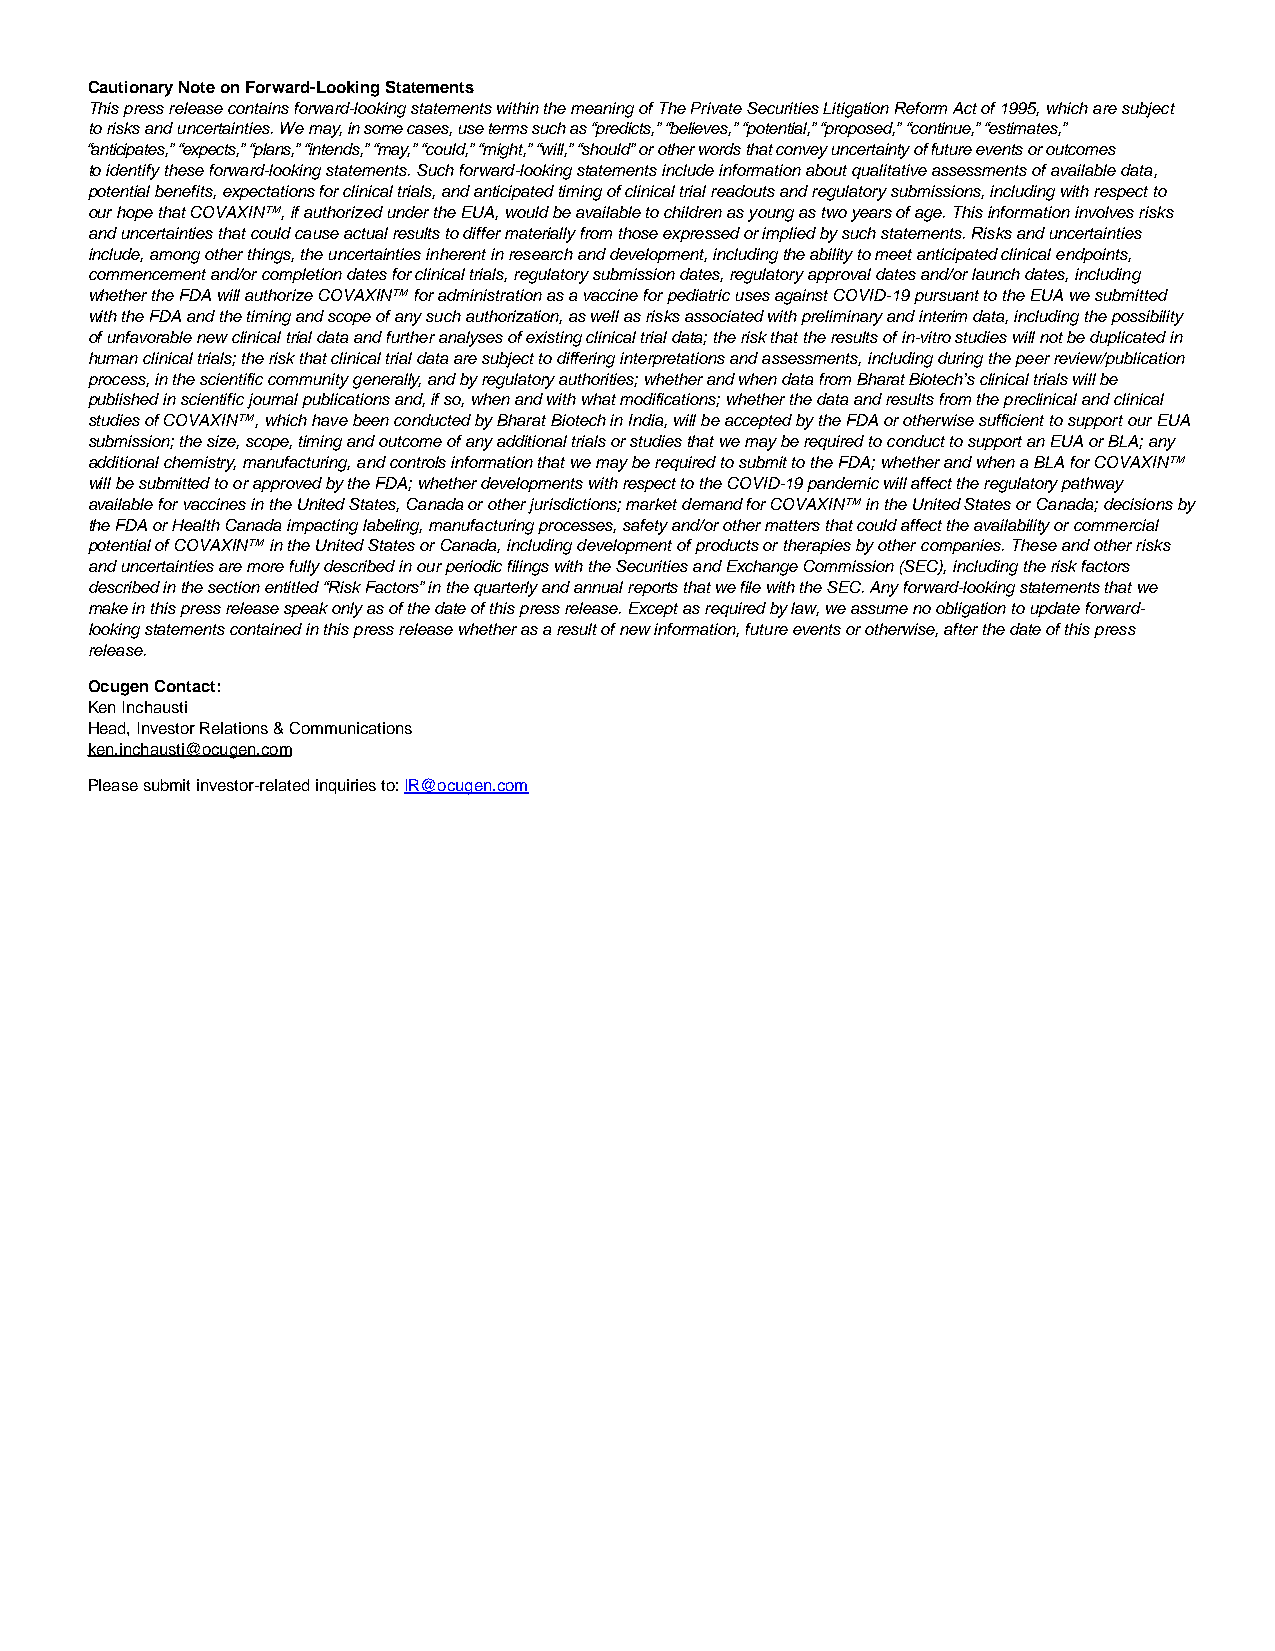
Cautionary Note on Forward-Looking Statements
 This press release contains forward-looking statements within the meaning of The Private Securities Litigation Reform Act of 1995, which are subject
 to risks and uncertainties. We may, in some cases, use terms such as “predicts,” “believes,” “potential,” “proposed,” “continue,” “estimates,”
 “anticipates,” “expects,” “plans,” “intends,” “may,” “could,” “might,” “will,” “should” or other words that convey uncertainty of future events or outcomes
 to identify these forward-looking statements. Such forward-looking statements include information about qualitative assessments of available data,
 potential benefits, expectations for clinical trials, and anticipated timing of clinical trial readouts and regulatory submissions, including with respect to
 our hope that COVAXIN™, if authorized under the EUA, would be available to children as young as two years of age. This information involves risks
 and uncertainties that could cause actual results to differ materially from those expressed or implied by such statements. Risks and uncertainties
 include, among other things, the uncertainties inherent in research and development, including the ability to meet anticipated clinical endpoints,
 commencement and/or completion dates for clinical trials, regulatory submission dates, regulatory approval dates and/or launch dates, including
 whether the FDA will authorize COVAXIN™ for administration as a vaccine for pediatric uses against COVID-19 pursuant to the EUA we submitted
 with the FDA and the timing and scope of any such authorization, as well as risks associated with preliminary and interim data, including the possibility
 of unfavorable new clinical trial data and further analyses of existing clinical trial data; the risk that the results of in-vitro studies will not be duplicated in
 human clinical trials; the risk that clinical trial data are subject to differing interpretations and assessments, including during the peer review/publication
 process, in the scientific community generally, and by regulatory authorities; whether and when data from Bharat Biotech’s clinical trials will be
 published in scientific journal publications and, if so, when and with what modifications; whether the data and results from the preclinical and clinical
 studies of COVAXIN™, which have been conducted by Bharat Biotech in India, will be accepted by the FDA or otherwise sufficient to support our EUA
 submission; the size, scope, timing and outcome of any additional trials or studies that we may be required to conduct to support an EUA or BLA; any
 additional chemistry, manufacturing, and controls information that we may be required to submit to the FDA; whether and when a BLA for COVAXIN™
 will be submitted to or approved by the FDA; whether developments with respect to the COVID-19 pandemic will affect the regulatory pathway
 available for vaccines in the United States, Canada or other jurisdictions; market demand for COVAXIN™ in the United States or Canada; decisions by
 the FDA or Health Canada impacting labeling, manufacturing processes, safety and/or other matters that could affect the availability or commercial
 potential of COVAXIN™ in the United States or Canada, including development of products or therapies by other companies. These and other risks
 and uncertainties are more fully described in our periodic filings with the Securities and Exchange Commission (SEC), including the risk factors
 described in the section entitled “Risk Factors” in the quarterly and annual reports that we file with the SEC. Any forward-looking statements that we
 make in this press release speak only as of the date of this press release. Except as required by law, we assume no obligation to update forward-
 looking statements contained in this press release whether as a result of new information, future events or otherwise, after the date of this press
 release.
 Ocugen Contact:
 Ken Inchausti
 Head, Investor Relations & Communications
 ken.inchausti@ocugen.com
 Please submit investor-related inquiries to: IR@ocugen.com